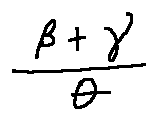
\frac { \beta + \gamma } { \theta }